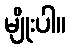
မျိုးပါ။